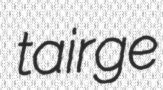
tairge